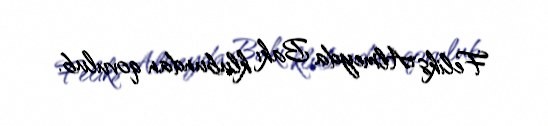
Feliks Almeyda Bakı klubundan qovulub.